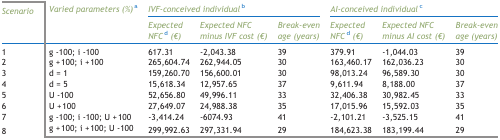
<table><thead><tr><td><b><i>Scenario</i></b></td><td><b><i>Varied parameters (%)</i>a</b></td><td colspan="3"><b><i>IVF-conceived individual</i>b</b></td><td colspan="3"><b><i>AI-conceived individual</i>c</b></td></tr><tr><td></td><td></td><td><b><i>Expected NFC</i>d<i>(€)</i></b></td><td><b><i>Expected NFC minus IVF cost (€)</i></b></td><td><b><i>Break-even age (years)</i></b></td><td><b><i>Expected NFC</i>d<i>(€)</i></b></td><td><b><i>Expected NFC minus AI cost (€)</i></b></td><td><b><i>Break-even age (years)</i></b></td></tr></thead><tbody><tr><td>1</td><td>g -100; i -100</td><td>617.31</td><td>-2,043.38</td><td>39</td><td>379.91</td><td>-1,044.03</td><td>39</td></tr><tr><td>2</td><td>g + 100; i + 100</td><td>265,604.74</td><td>262,944.05</td><td>30</td><td>163,460.17</td><td>162,036.23</td><td>30</td></tr><tr><td>3</td><td>d = 1</td><td>159,260.70</td><td>156,600.01</td><td>30</td><td>98,013.24</td><td>96,589.30</td><td>30</td></tr><tr><td>4</td><td>d = 5</td><td>15,618.34</td><td>12,957.65</td><td>37</td><td>9,611.94</td><td>8,188.00</td><td>37</td></tr><tr><td>5</td><td>U -100</td><td>52,656.80</td><td>49,996.11</td><td>33</td><td>32,406.38</td><td>30,982.45</td><td>33</td></tr><tr><td>6</td><td>U + 100</td><td>27,649.07</td><td>24,988.38</td><td>35</td><td>17,015.96</td><td>15,592.03</td><td>35</td></tr><tr><td>7</td><td>g -100; i -100; U + 100</td><td>-3,414.24</td><td>-6074.93</td><td>41</td><td>-2,101.21</td><td>-3,525.15</td><td>41</td></tr><tr><td>8</td><td>g + 100; i + 100; U -100</td><td>299,992.63</td><td>297,331.94</td><td>29</td><td>184,623.38</td><td>183,199.44</td><td>29</td></tr></tbody></table>